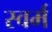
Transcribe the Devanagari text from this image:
स्वर्म